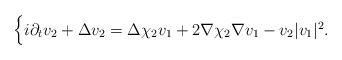
\begin{align*}\begin{cases}i\partial_{t}v_{2}+\Delta v_{2}=\Delta \chi_{2}v_{1}+2\nabla\chi_{2}\nabla v_{1}-v_{2}|v_{1}|^{2}.\end{cases}\end{align*}